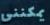
يمكنني